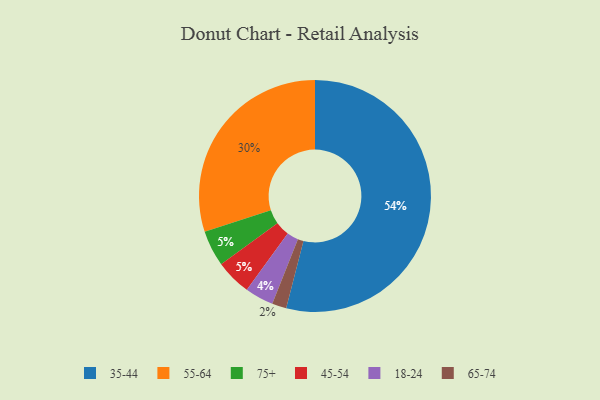
{"axis": {"x": "Category", "y": "Percentage"}, "legend": ["18-24", "35-44", "45-54", "55-64", "65-74", "75+"], "data": [{"x": "18-24", "y": 4, "type": "18-24"}, {"x": "75+", "y": 5, "type": "75+"}, {"x": "65-74", "y": 2, "type": "65-74"}, {"x": "45-54", "y": 5, "type": "45-54"}, {"x": "55-64", "y": 30, "type": "55-64"}, {"x": "35-44", "y": 54, "type": "35-44"}]}